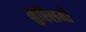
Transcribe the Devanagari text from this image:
मुस्‍लिमों